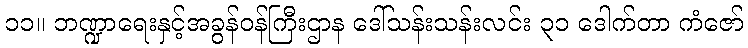
၁၁။ ဘဏ္ဍာရေးနှင့်အခွန်ဝန်ကြီးဌာန ဒေါ်သန်းသန်းလင်း ၃၁ ဒေါက်တာ ကံဇော်